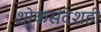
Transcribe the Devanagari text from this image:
शोकसंदेशही